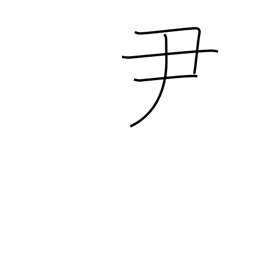
Meaning: an official rank